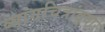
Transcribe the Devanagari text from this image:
व्यांगचित्रांद्वारे